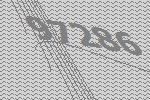
97286